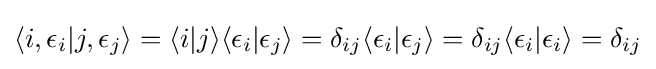
\langle i,\epsilon _{i}|j,\epsilon _{j}\rangle =\langle i|j\rangle \langle \epsilon _{i}|\epsilon _{j}\rangle =\delta _{ij}\langle \epsilon _{i}|\epsilon _{j}\rangle =\delta _{ij}\langle \epsilon _{i}|\epsilon _{i}\rangle =\delta _{ij}